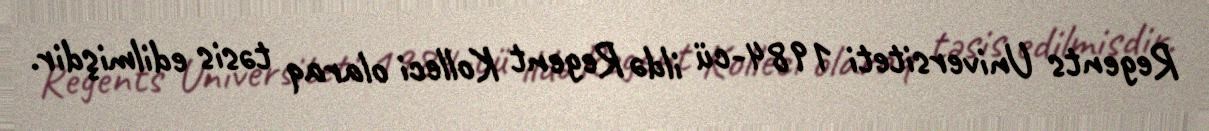
Regents Universiteti 1984-cü ildə Regent Kolleci olaraq təsis edilmişdir.